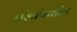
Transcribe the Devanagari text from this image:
तरंगांमधील